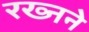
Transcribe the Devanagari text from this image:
रख्नने